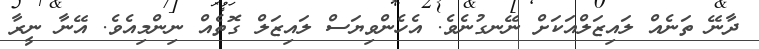
ދާނޭ ތަނެއް ލައިޒަލްއަކަށް ނޭނގުނެވެ. އެހެންވިޔަސް ލައިޒަލް ގޮތެއް ނިންމިއެވެ. އޭނާ ނީރާ